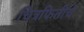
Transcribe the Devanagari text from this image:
चित्रफितीचे